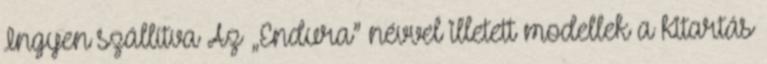
Ingyen szállítva Az „Endura” névvel illetett modellek a kitartás